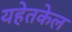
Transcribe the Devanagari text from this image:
यहेतकेल